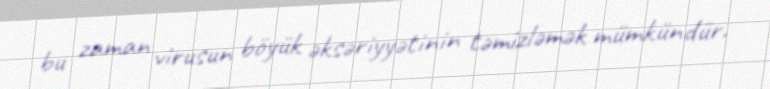
bu zaman virusun böyük əksəriyyətinin təmizləmək mümkündür.